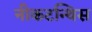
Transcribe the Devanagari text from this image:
नीकटन्थिस